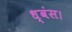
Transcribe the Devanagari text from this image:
ध्वंस।